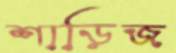
শাড়িজ